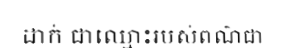
ដាក់ ជាឈ្មោះរបស់ពណ៌ជា